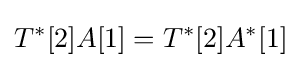
T^{*}[2]A[1]=T^{*}[2]A^{*}[1]